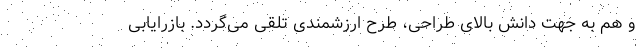
و هم به جهت دانش بالای طراحی، طرح ارزشمندی تلقی می­گردد. بازرایابی